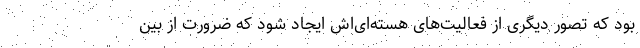
بود که تصور دیگری از فعالیت‌های هسته‌ای‌اش ایجاد شود که ضرورت از بین